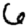
Digit: 6